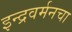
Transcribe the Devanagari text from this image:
इन्द्रवर्मनचा